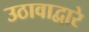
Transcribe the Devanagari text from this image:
उठावाद्वारे